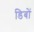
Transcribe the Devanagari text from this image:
डिबों